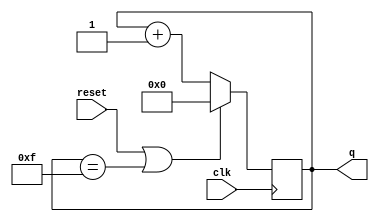
module top_module (
    input clk,
    input reset,      // Synchronous active-high reset
    output [3:0] q);
	
    always @(posedge clk) begin
        if(reset | (q == 4'b1111)) q <= 0;
        else q <= q + 1;
    end
endmodule